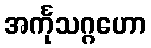
အင်္ကုသဂ္ဂဟော